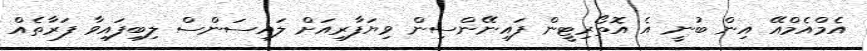
އެމްއެމްއޭ އިން ބުނީ އެ އޮތޯރިޓީން ފައިނޭންސިން ވިޔަފާރިއަށް ލައިސަންސް ލިބިފައިވާ ފަރާތެއް